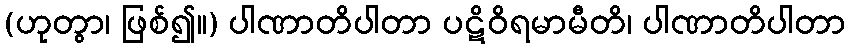
(ဟုတွာ၊ ဖြစ်၍။) ပါဏာတိပါတာ ပဋိဝိရမာမီတိ၊ ပါဏာတိပါတာ